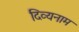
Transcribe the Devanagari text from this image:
दिव्यनाम